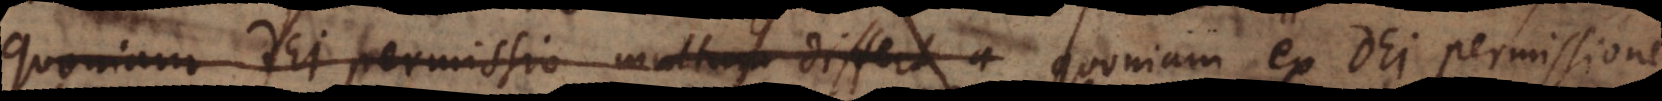
quoniam Dei permissio multum differt a ex Dei permissione